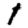
Digit: 1